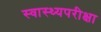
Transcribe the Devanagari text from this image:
स्वास्थ्यपरीक्षा